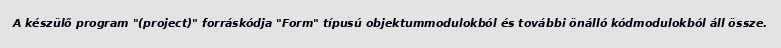
A készülő program "(project)" forráskódja "Form" típusú objektummodulokból és további önálló kódmodulokból áll össze.